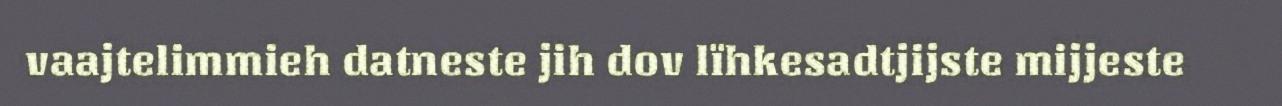
vaajtelimmieh datneste jih dov lïhkesadtjijste mijjeste